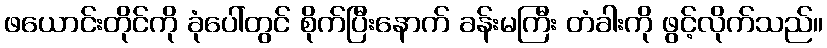
ဖယောင်းတိုင်ကို ခုံပေါ်တွင် စိုက်ပြီးနောက် ခန်းမကြီး တံခါးကို ဖွင့်လိုက်သည်။